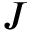
J